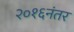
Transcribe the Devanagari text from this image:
२०१६नंतर